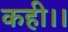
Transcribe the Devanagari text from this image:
कही।।